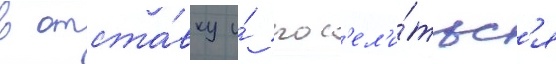
в отста́вку и́ пос'ел'и́тьс'я